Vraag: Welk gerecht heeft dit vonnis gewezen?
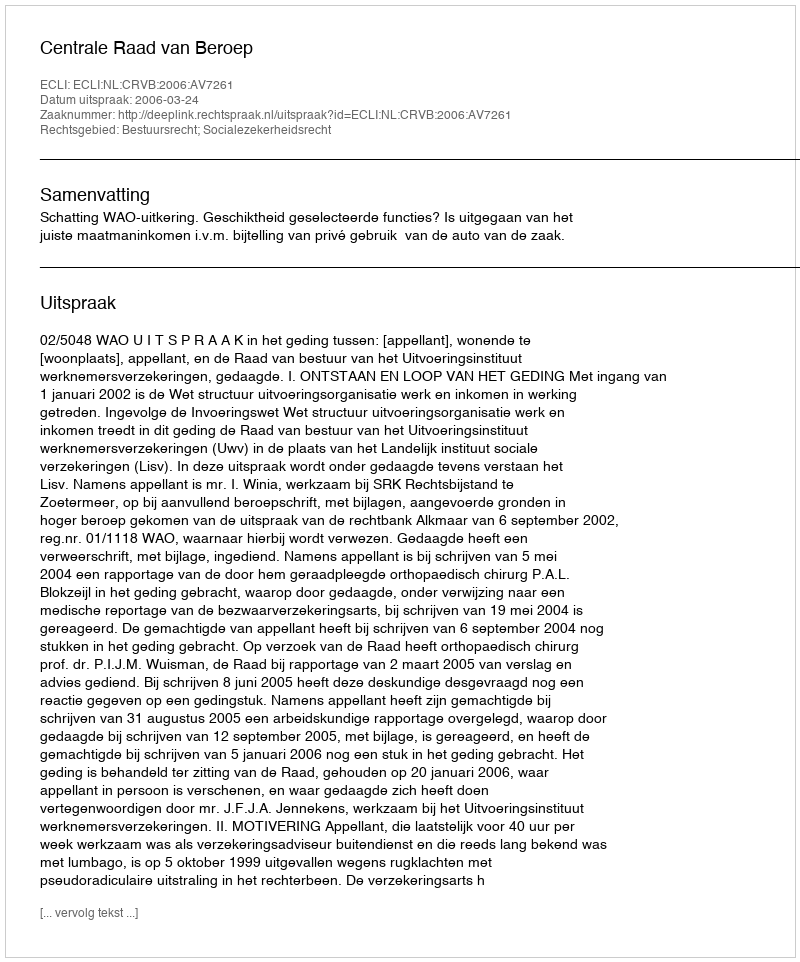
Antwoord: Centrale Raad van Beroep